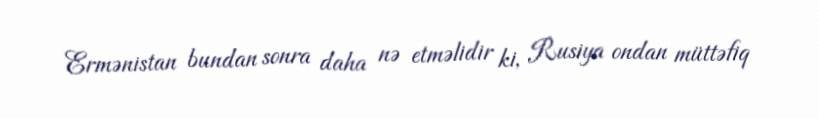
Ermənistan bundan sonra daha nə etməlidir ki, Rusiya ondan müttəfiq